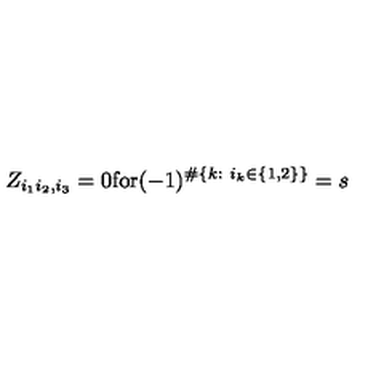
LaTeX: Z _ { i _ { 1 } i _ { 2 } , i _ { 3 } } = 0 \mathrm { f o r } ( - 1 ) ^ { \# \{ k : \ i _ { k } \in \{ 1 , 2 \} \} } = s